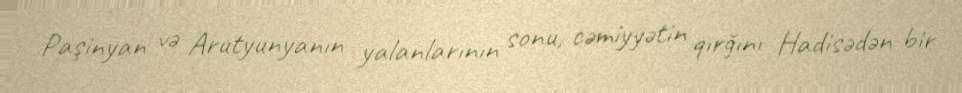
Paşinyan və Arutyunyanın yalanlarının sonu, cəmiyyətin qırğını Hadisədən bir